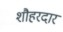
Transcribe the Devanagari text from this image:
शौहरदार